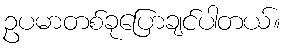
ဥပမာတစ်ခုပြောချင်ပါတယ်။